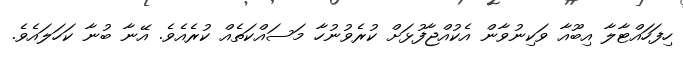
ހިފަހައްޓާލާ އިބޫއާ ވަކިނުވާން އެކުއްޖާފުޅަށް ކުރެވުނުހާ މަސައްކަތެއް ކުރެއެވެ. އޭނާ ބުނާ ކަހަލައެވެ.